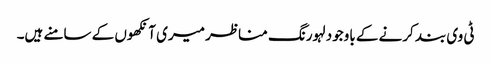
ٹی وی بند کرنے کے باوجود لہورنگ مناظر میری آنکھوں کے سامنے ہیں۔